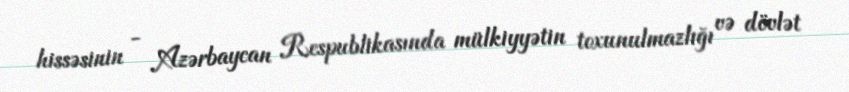
hissəsinin - Azərbaycan Respublikasında mülkiyyətin toxunulmazlığı və dövlət